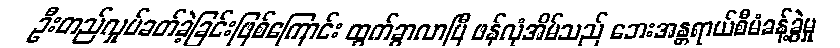
ဦးတည်လှုပ်ခတ်ခဲ့ခြင်းဖြစ်ကြောင်း ထွက်ခွာလာပြီ ဖန်လုံအိမ်သည် ဘေးအန္တရာယ်စီမံခန့်ခွဲမှု